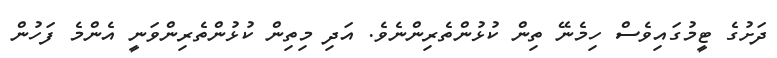
ދަށުގެ ޓީމުގައިވެސް ހިމެނޭ ތިން ކުޅުންތެރިންނެވެ. އަދި މިތިން ކުޅުންތެރިންވަނީ އެންމެ ފަހުން